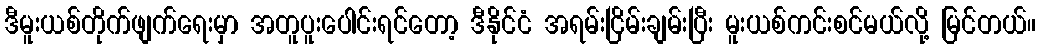
ဒီမူးယစ်တိုက်ဖျက်ရေးမှာ အတူပူးပေါင်းရင်တော့ ဒီနိုင်ငံ အရမ်းငြိမ်းချမ်းပြီး မူးယစ်ကင်းစင်မယ်လို့ မြင်တယ်။